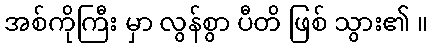
အစ်ကိုကြီး မှာ လွန်စွာ ပီတိ ဖြစ် သွား၏ ။